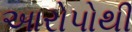
આરોપોથી